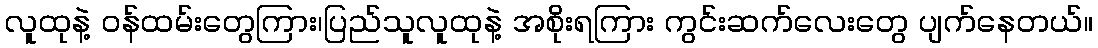
လူထုနဲ့ ဝန်ထမ်းတွေကြား၊ပြည်သူလူထုနဲ့ အစိုးရကြား ကွင်းဆက်လေးတွေ ပျက်နေတယ်။